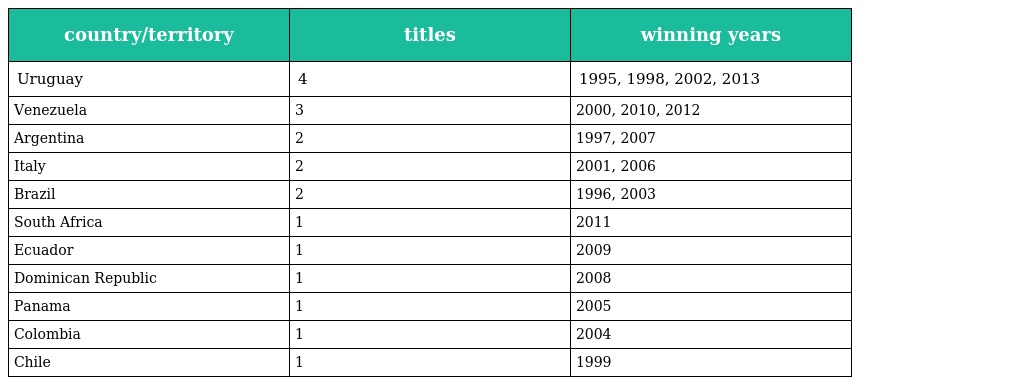
| country/territory | titles | winning years |
 | --- | --- | --- |
 | Uruguay | 4 | 1995, 1998, 2002, 2013 |
 | Venezuela | 3 | 2000, 2010, 2012 |
 | Argentina | 2 | 1997, 2007 |
 | Italy | 2 | 2001, 2006 |
 | Brazil | 2 | 1996, 2003 |
 | South Africa | 1 | 2011 |
 | Ecuador | 1 | 2009 |
 | Dominican Republic | 1 | 2008 |
 | Panama | 1 | 2005 |
 | Colombia | 1 | 2004 |
 | Chile | 1 | 1999 |